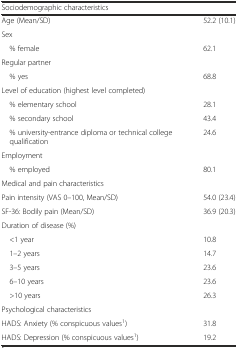
<table><thead><tr><td><b>Sociodemographic characteristics</b></td><td></td></tr></thead><tbody><tr><td>Age (Mean/SD)</td><td>52.2 (10.1)</td></tr><tr><td>Sex</td><td></td></tr><tr><td> % female</td><td>62.1</td></tr><tr><td>Regular partner</td><td></td></tr><tr><td> % yes</td><td>68.8</td></tr><tr><td>Level of education (highest level completed)</td><td></td></tr><tr><td> % elementary school</td><td>28.1</td></tr><tr><td> % secondary school</td><td>43.4</td></tr><tr><td> % university-entrance diploma or technical college qualification</td><td>24.6</td></tr><tr><td>Employment</td><td></td></tr><tr><td> % employed</td><td>80.1</td></tr><tr><td>Medical and pain characteristics</td><td></td></tr><tr><td>Pain intensity (VAS 0–100, Mean/SD)</td><td>54.0 (23.4)</td></tr><tr><td>SF-36: Bodily pain (Mean/SD)</td><td>36.9 (20.3)</td></tr><tr><td>Duration of disease (%)</td><td></td></tr><tr><td> &lt;1 year</td><td>10.8</td></tr><tr><td> 1–2 years</td><td>14.7</td></tr><tr><td> 3–5 years</td><td>23.6</td></tr><tr><td> 6–10 years</td><td>23.6</td></tr><tr><td> &gt;10 years</td><td>26.3</td></tr><tr><td>Psychological characteristics</td><td></td></tr><tr><td>HADS: Anxiety (% conspicuous values<sup>1</sup>)</td><td>31.8</td></tr><tr><td>HADS: Depression (% conspicuous values<sup>1</sup>)</td><td>19.2</td></tr></tbody></table>